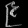
Digit: ၉